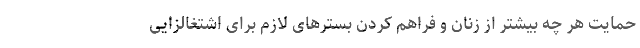
حمایت هر چه بیشتر از زنان و فراهم کردن بسترهای لازم برای اشتغالزایی